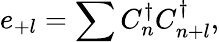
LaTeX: e_{+l}=\sum C_{n}^{\dagger}C_{n+l}^{\dagger},